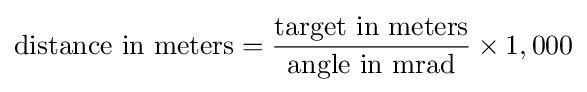
{\text{distance in meters}}={\frac {\text{target in meters}}{\text{angle in mrad}}}\times 1,000